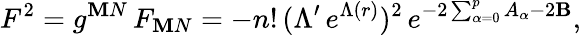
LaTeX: F^{2}=g^{\mathbf{M}N}\, F_{\mathbf{M}N}=-n!\, (\Lambda^{\prime}\, e^{\Lambda(r)})^{2}\, e^{-2\sum_{\alpha=0}^{p}A_{\alpha}-2\mathbf{B}},